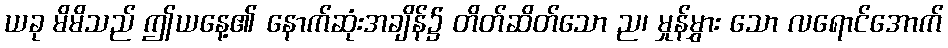
ယခု မိမိသည် ဤယနေ့၏ နောက်ဆုံးအချိန်၌ တိတ်ဆိတ်သော ည၊ မှုန်မွှား သော လရောင်အောက်